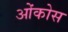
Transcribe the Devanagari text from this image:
ओंकोस